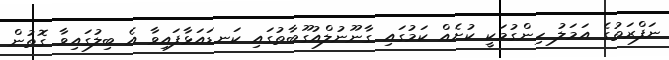
ނަފްރަތުގެ އަމަލު ހިންގުމަކީ ކުށެއް ކަމުގައި ގާނޫނުލްއުގޫބާތުގައި ކަނޑައަޅާފައިވާ އެ ބިލުގައިވާ ގޮތުން